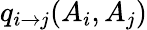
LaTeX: q_{i\to j}(A_{i},A_{j})